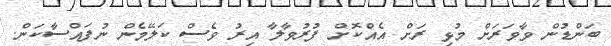
ބަންޑުން ވާވަރަށް މުޅި ރަށް އެއްކޮށް ފުރުވާލާ އިރު ވެސް ކަލޭމެން ނުފައްސާކަން.